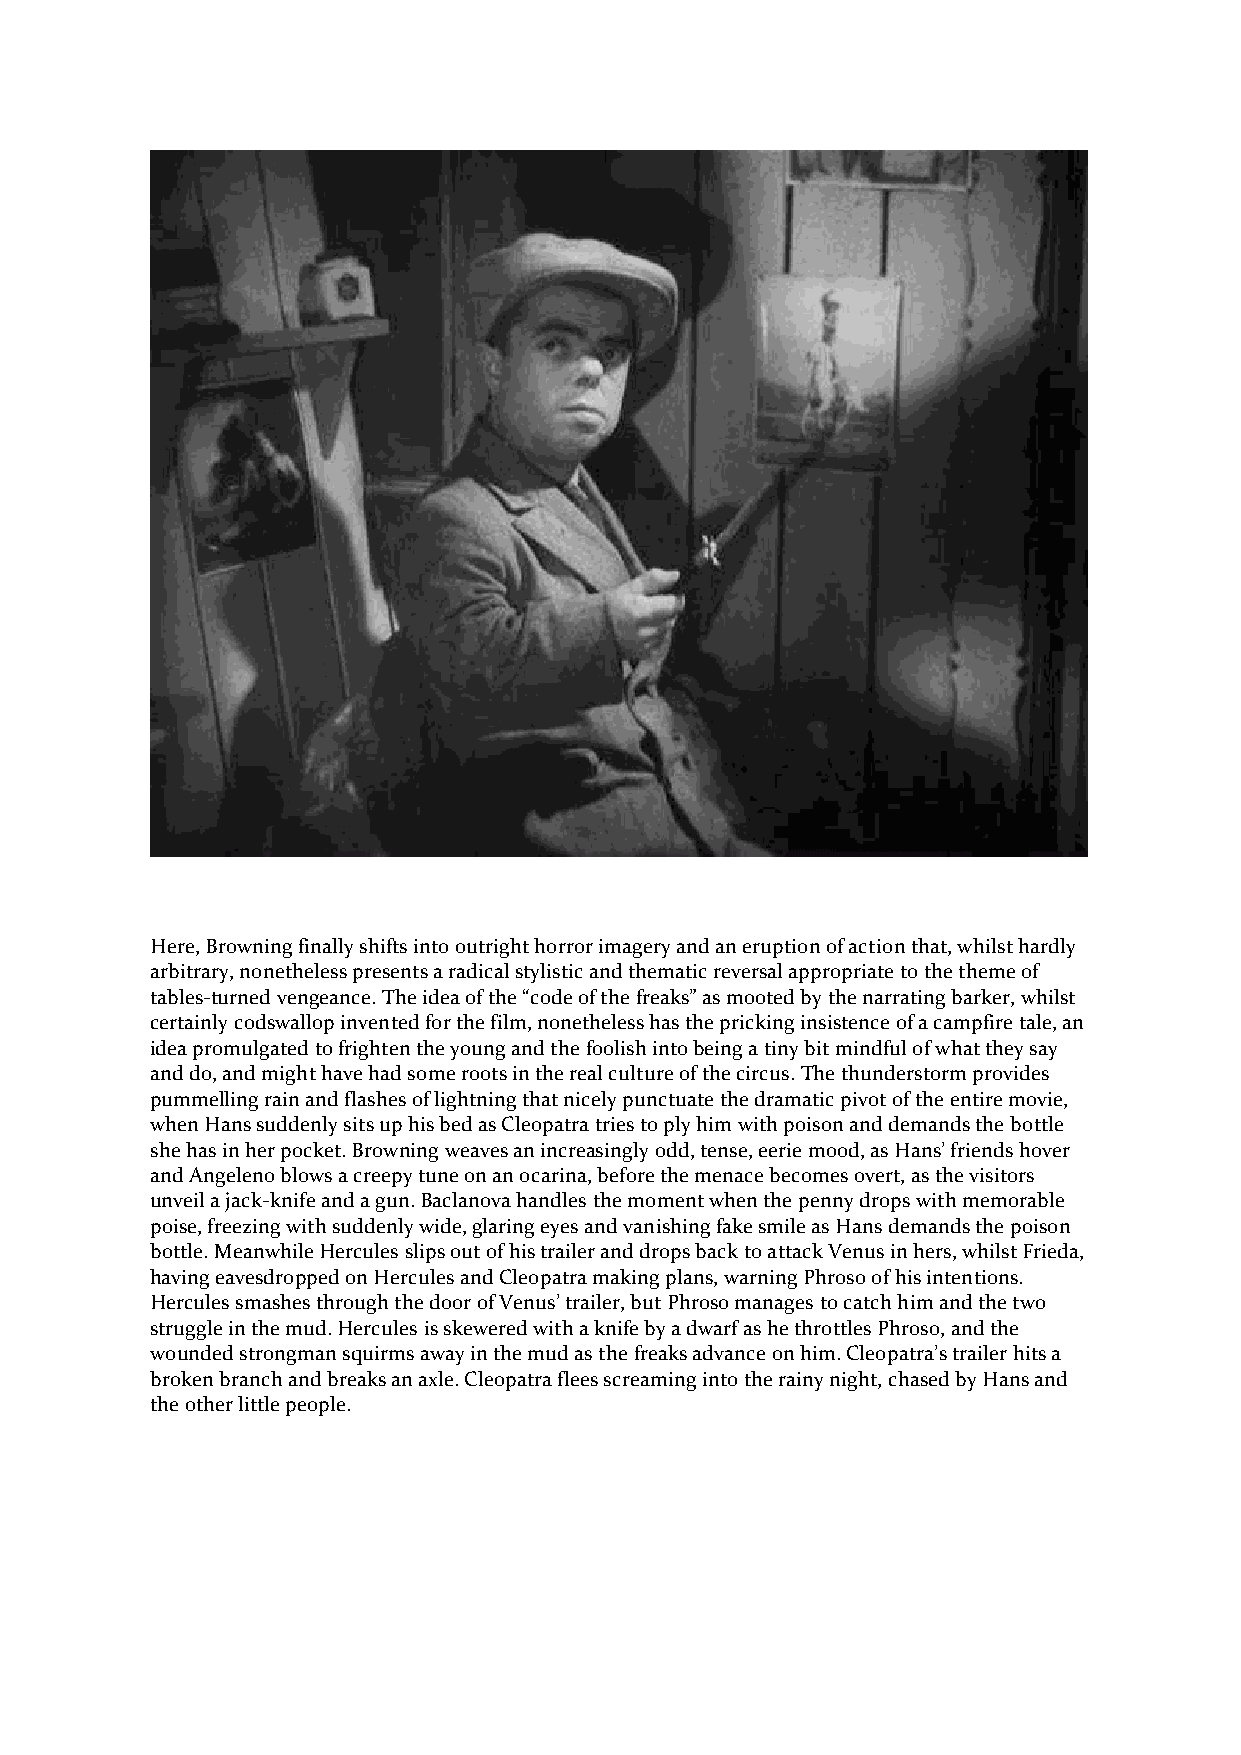
Here, Browning finally shifts into outright horror imagery and an eruption of action that, whilst hardly
 arbitrary, nonetheless presents a radical stylistic and thematic reversal appropriate to the theme of
 tables-turned vengeance. The idea of the “code of the freaks” as mooted by the narrating barker, whilst
 certainly codswallop invented for the film, nonetheless has the pricking insistence of a campfire tale, an
 idea promulgated to frighten the young and the foolish into being a tiny bit mindful of what they say
 and do, and might have had some roots in the real culture of the circus. The thunderstorm provides
 pummelling rain and flashes of lightning that nicely punctuate the dramatic pivot of the entire movie,
 when Hans suddenly sits up his bed as Cleopatra tries to ply him with poison and demands the bottle
 she has in her pocket. Browning weaves an increasingly odd, tense, eerie mood, as Hans’ friends hover
 and Angeleno blows a creepy tune on an ocarina, before the menace becomes overt, as the visitors
 unveil a jack-knife and a gun. Baclanova handles the moment when the penny drops with memorable
 poise, freezing with suddenly wide, glaring eyes and vanishing fake smile as Hans demands the poison
 bottle. Meanwhile Hercules slips out of his trailer and drops back to attack Venus in hers, whilst Frieda,
 having eavesdropped on Hercules and Cleopatra making plans, warning Phroso of his intentions.
 Hercules smashes through the door of Venus’ trailer, but Phroso manages to catch him and the two
 struggle in the mud. Hercules is skewered with a knife by a dwarf as he throttles Phroso, and the
 wounded strongman squirms away in the mud as the freaks advance on him. Cleopatra’s trailer hits a
 broken branch and breaks an axle. Cleopatra flees screaming into the rainy night, chased by Hans and
 the other little people.